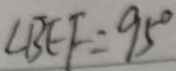
\angle B E F = 9 5 ^ { \circ }